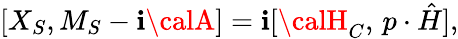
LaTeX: [X_{S},M_{S}-\mathbf{i}{\calA}]=\mathbf{i}[{\calH}_{C},\, p\cdot\hat{{H}}],